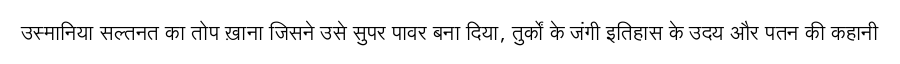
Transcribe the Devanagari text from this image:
उस्मानिया सल्तनत का तोप ख़ाना जिसने उसे सुपर पावर बना दिया, तुर्कों के जंगी इतिहास के उदय और पतन की कहानी